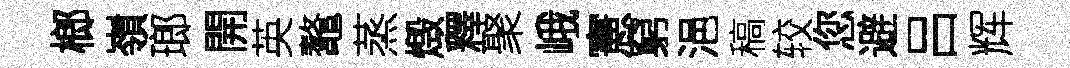
榔嶺瑯開英鼇蒸燬釋聚峨憲窮浥稿较您避吕辉